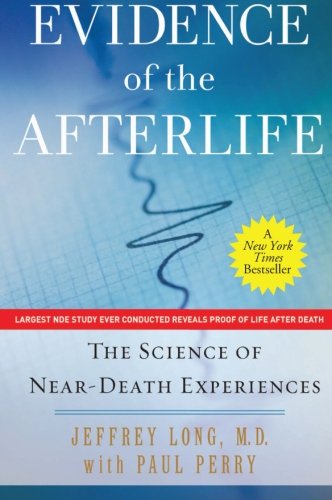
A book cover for Evidence of the Afterlife: The Science of Near-Death Experiences; Jeffrey Long; Religion & Spirituality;